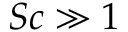
S c \gg 1